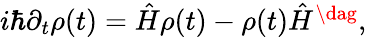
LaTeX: \begin{array}{r}{i\hbar\partial_{t}\rho(t)=\hat{H}\rho(t)-\rho(t)\hat{H}^{\dag},}\end{array}